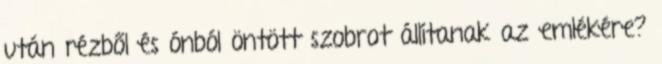
után rézből és ónból öntött szobrot állítanak az emlékére?